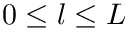
0 \le l \le L